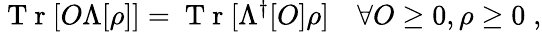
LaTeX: \begin{array}{r}{\mathrm{~T~r~}[O\Lambda[\rho]]=\mathrm{~T~r~}[\Lambda^{\dagger}[O]\rho]\quad\forall O\geq 0,\rho\geq 0\; ,}\end{array}